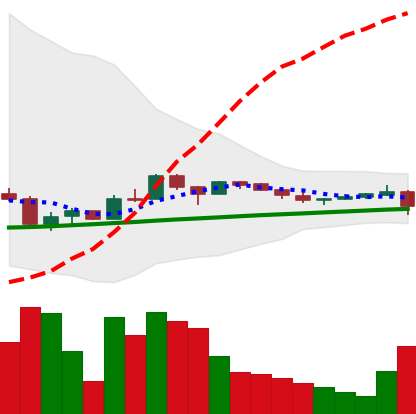
Ticker: LTC-USD
Chart end date: 2017-10-09
Forward return: 27.482%
Label: up_7plus